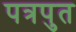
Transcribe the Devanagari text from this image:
पत्रपुत